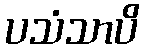
ပသံသာပိ